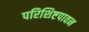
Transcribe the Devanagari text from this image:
परिशिष्टपावन